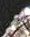
لا